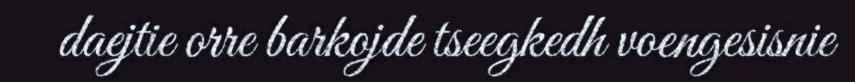
daejtie orre barkojde tseegkedh voengesisnie